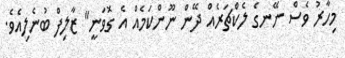
މިހާރު ވެސް ނޭނގެ ލެކްޗަރެއް ދޭން ނޫންކަމެއް އެ ގޮވަނީ" ޒާލިފް ބުނެލިއެވެ.